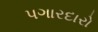
પગારદારો